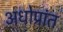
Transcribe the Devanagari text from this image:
अधोप्रांत